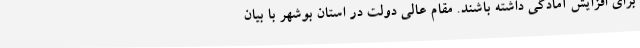
برای افزایش آمادگی داشته باشند. مقام عالی دولت در استان بوشهر با بیان